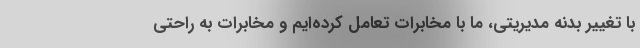
با تغییر بدنه مدیریتی، ما با مخابرات تعامل کرده‌ایم و مخابرات به راحتی